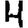
Digit: 4